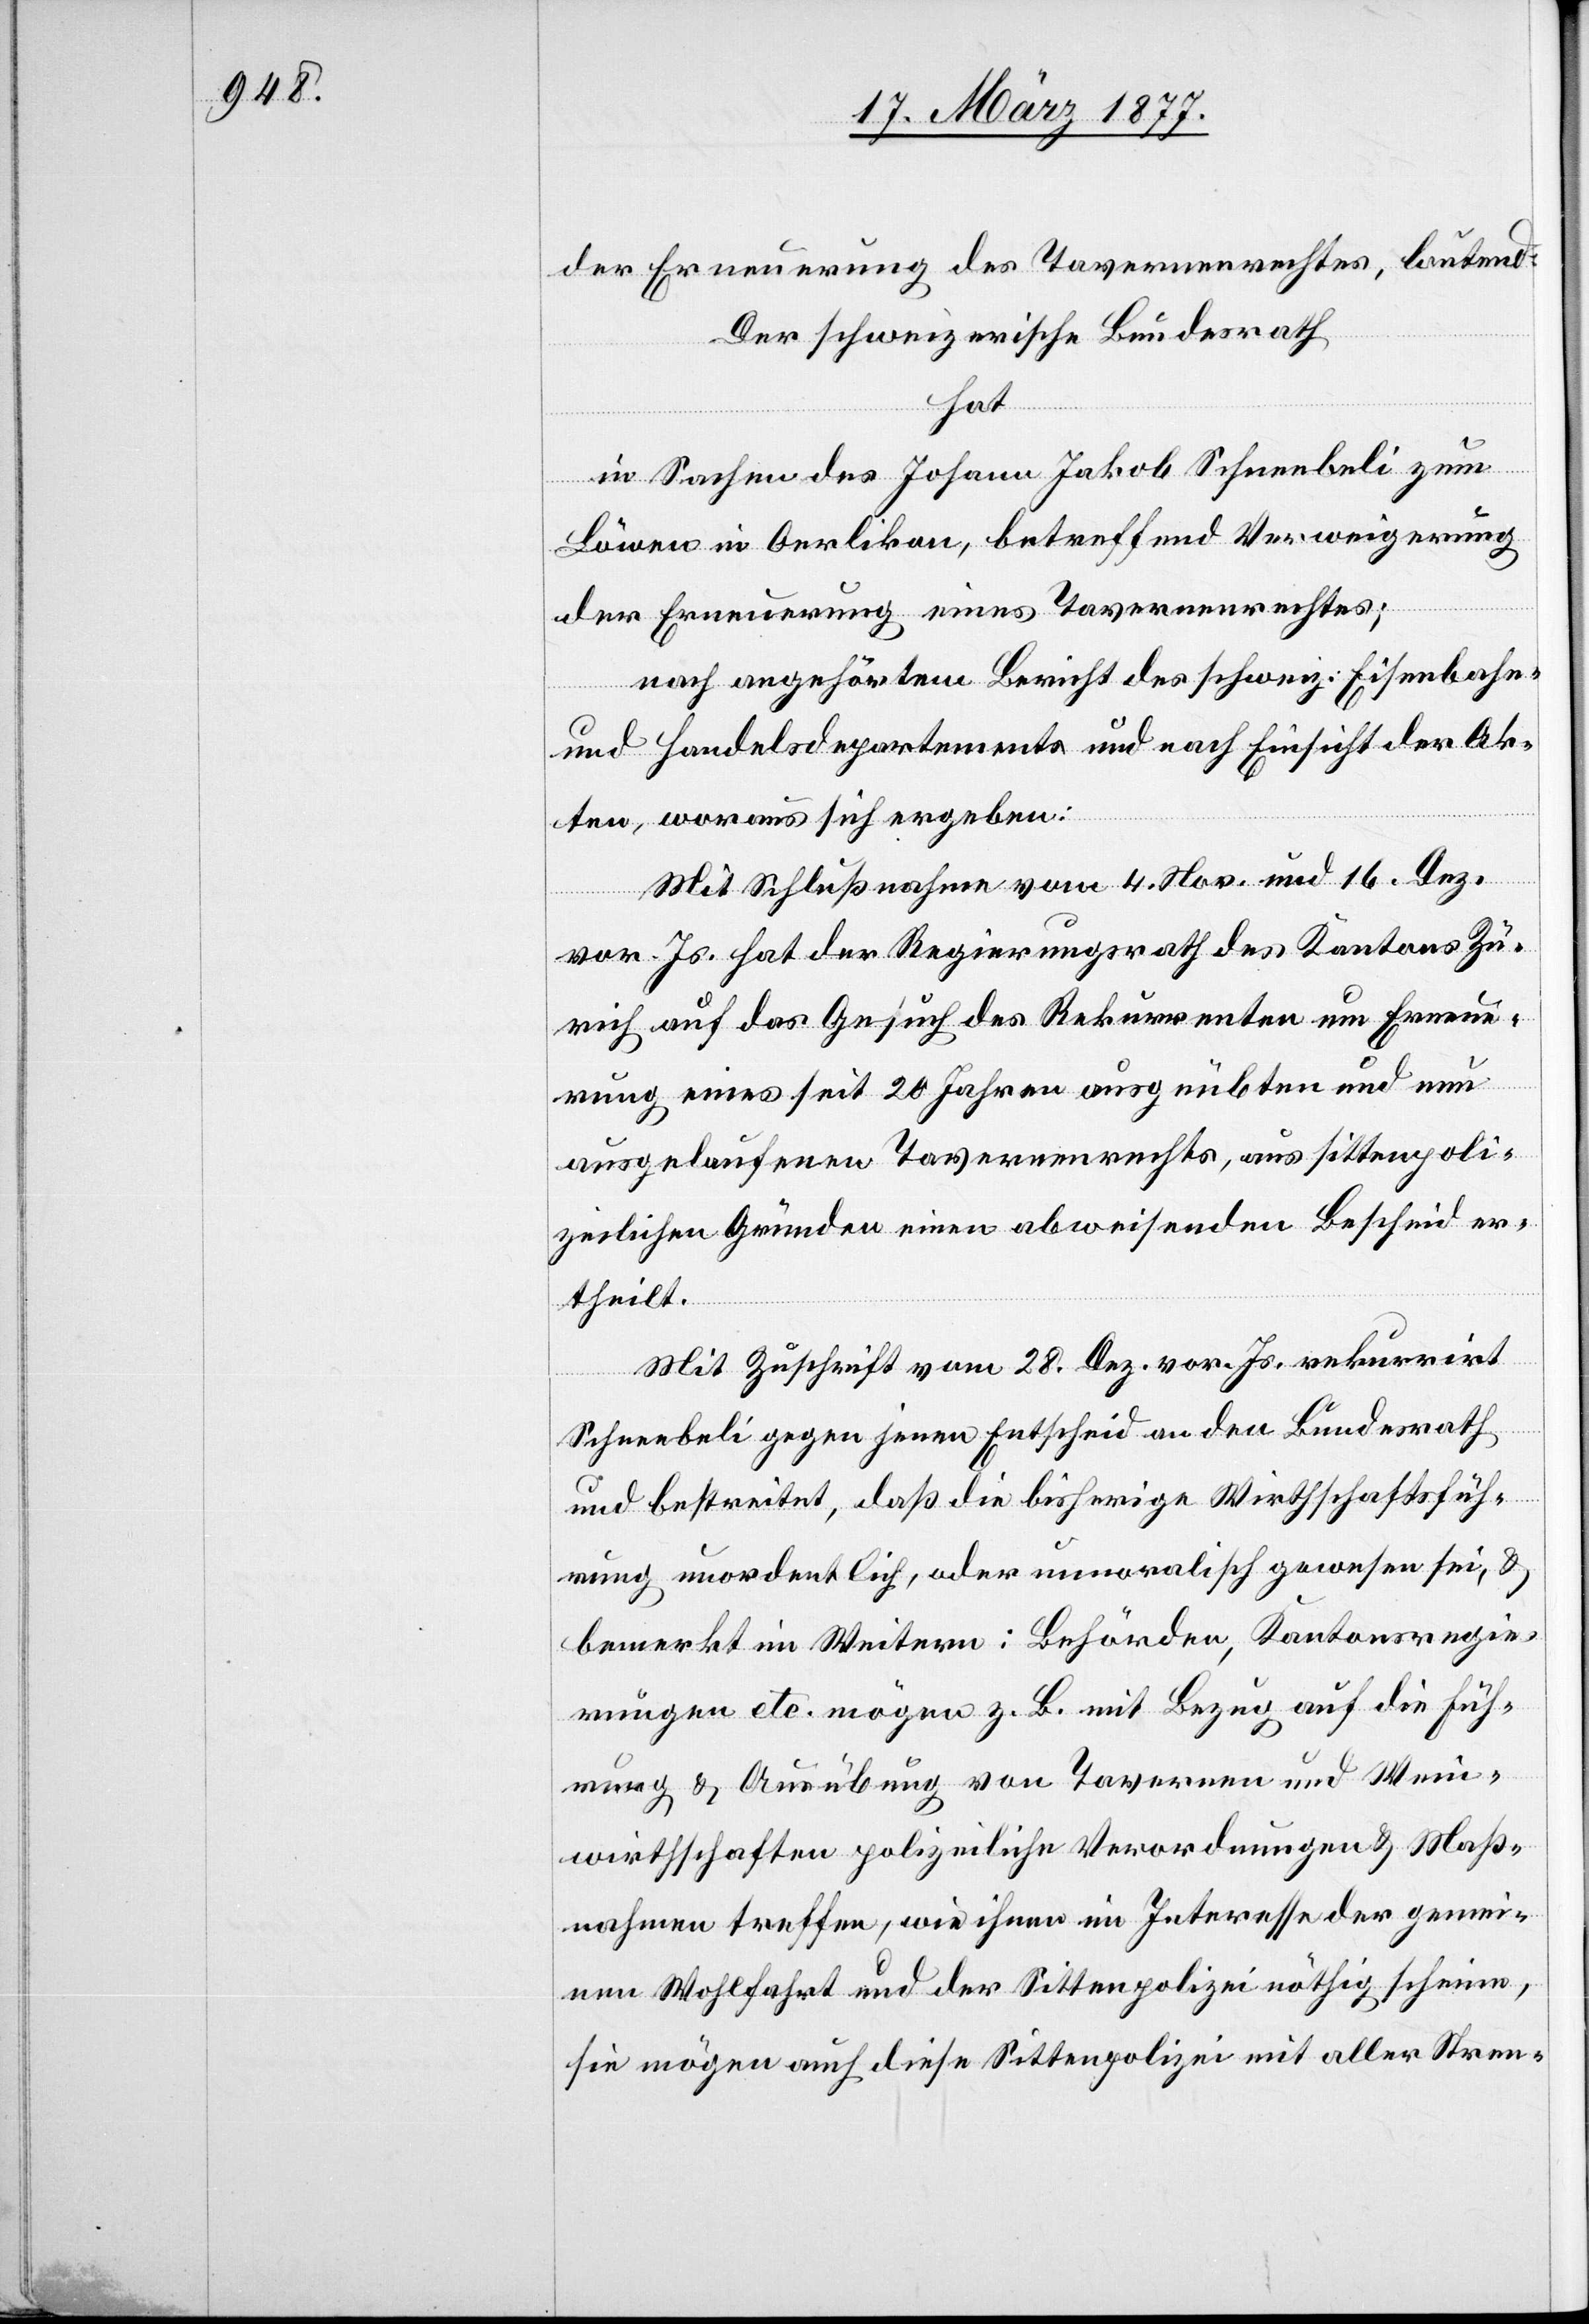
der Erneuerung des Tavernenrechtes, lautend:
Der schweizerische Bundesrath
hat
in Sachen des Johann Jakob Schneebeli zum
Löwen in Oerlikon, betreffend Verweigerung
der Erneuerung eines Tavernenrechtes;
nach angehörtem Bericht des schweiz. Eisenbahn-
und Handelsdepartements und nach Einsicht der Ak¬
ten, woraus sich ergeben:
Mit Schlußnahme vom 4. Nov. und 16. Dez.
vor. Js. hat der Regierungsrath des Kantons Zü¬
rich auf das Gesuch des Rekurrenten um Erneue¬
rung eines seit 20 Jahren ausgeübten und nun
ausgelaufenen Tavernenrechts, aus sittenpoli¬
zeilichen Gründen einen abweisenden Bescheid er¬
theilt.
Mit Zuschrift vom 28. Dez. vor. Js. rekurrirt
Schneebeli gegen jenen Entscheid an den Bundesrath
und bestreitet, daß die bisherige Wirthschaftsfüh¬
rung unordentlich, oder unmoralisch gewesen sei, &
bemerkt im Weitern: Behörden, Kantonsregie¬
rungen etc. mögen z. B. mit Bezug auf die Füh¬
rung & Ausübung von Tavernen und Wein¬
wirthschaften polizeiliche Verordnungen & Maß¬
nahmen treffen, wie ihnen im Interesse der gemei¬
nen Wohlfahrt und der Sittenpolizei nöthig scheine,
sie mögen auch diese Sittenpolizei mit aller Stren-